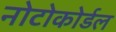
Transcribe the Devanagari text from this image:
नोटोकोर्डल